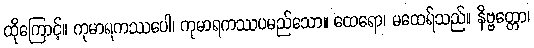
ထိုကြောင့်။ ကုမာရကဿပေါ၊ ကုမာရကဿပမည်သော။ ထေရော၊ မထေရ်သည်။ နိဗ္ဗတ္တော၊